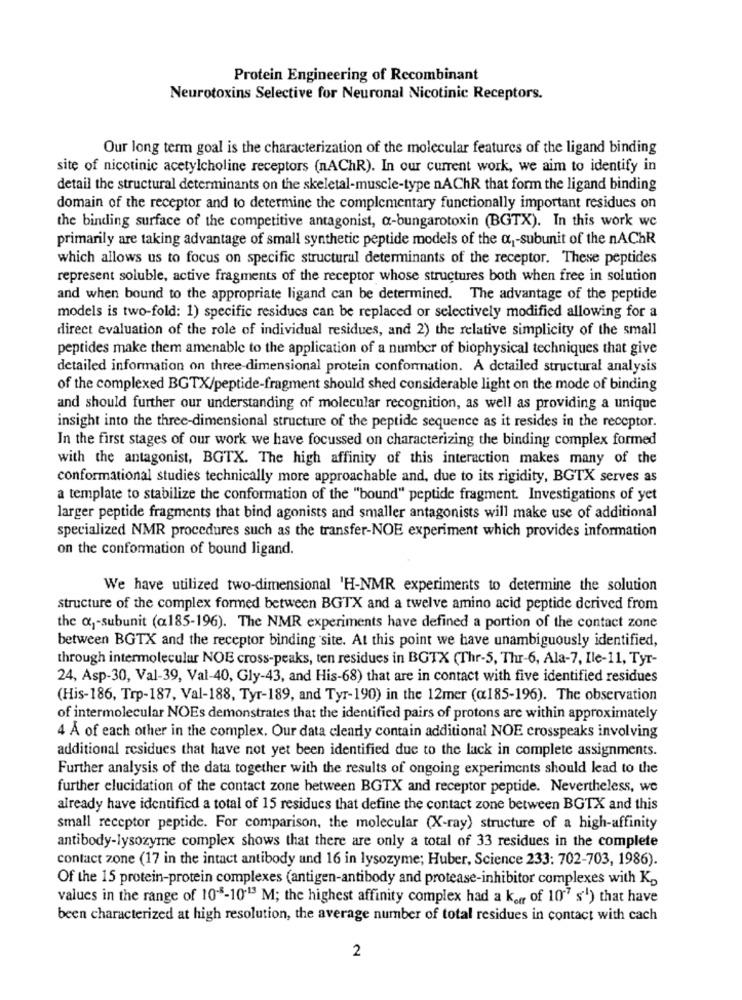
Protein Engineering of Recombinant
Neurotoxins Selective for Neuronal Nicotinic Receptors.
Our long term goal is the characterization of the molecular features of the ligand binding
site of nicotinic acetylcholine receptors (nAChR). In our current work, we aim to identify in
detail the structural determinants on the skeletal-muscle-type nAChR that form the ligand binding
domain of the receptor and to determine the complementary functionally important residues on
the binding surface of the competitive antagonist, a-bungarotoxin (BGTX). In this work wc
primarily are taking advantage of small synthetic peptide models of the a-subunit of the nAChR
which allows us to focus on specific structural determinants of the receptor. These peptides
represent soluble, active fragments of the receptor whose structures both when free in solution
and when bound to the appropriate ligand can be determined. The advantage of the peptide
models is two-fold: 1) specific residucs can be replaced or selectively modified allowing for a
direct evaluation of the role of individual residues, and 2) the relative simplicity of the small
peptides make them amenable to the application of a number of biophysical techniques that give
detailed information on three-dimensional protein conformation. A detailed structural analysis
of the complexed BGTX/peptide-fragment should shed considerable light on the mode of binding
and should further our understanding of molecular recognition, as well as providing a unique
insight into the three-dimensional structure of the peptide sequence as it resides in the receptor.
In the first stages of our work we have focussed on characterizing the binding complex formed
with the antagonist, BGTX. The high affinity of this interaction makes many of the
conformational studies technically more approachable and, due to its rigidity, BGTX serves as
a template to stabilize the conformation of the "bound" peptide fragment. Investigations of yet
larger peptide fragments that bind agonists and smaller antagonists will make use of additional
specialized NMR procedures such as the transfer-NOE experiment which provides information
on the conformation of bound ligand.
We have utilized two-dimensional 'H-NMR experiments to determine the solution
structure of the complex formed between BGTX and a twelve amino acid peptide derived from
the & ,- subunit (a185-196). The NMR experiments have defined a portion of the contact zone
between BGTX and the receptor binding site. At this point we have unambiguously identified,
through intermolecular NOE cross-peaks, ten residues in BGTX (Thr-5, Thr-6, Ala-7, Ile-11, Tyr-
24, Asp-30, Val-39, Val-40, Gly-43, and His-68) that are in contact with five identified residues
(His-186, Trp-187, Val-188, Tyr-189, and Tyr-190) in the 12mer (@185-196). The observation
of intermolecular NOEs demonstrates that the identified pairs of protons are within approximately
4 A of each other in the complex. Our data clearly contain additional NOE crosspeaks involving
additional residues that have not yet been identified due to the lack in complete assignments.
Further analysis of the data together with the results of ongoing experiments should lead to the
further elucidation of the contact zone between BGTX and receptor peptide. Nevertheless, we
already have identified a total of 15 residues that define the contact zone between BGTX and this
small receptor peptide. For comparison, the molecular (X-ray) structure of a high-affinity
antibody-lysozyme complex shows that there are only a total of 33 residues in the complete
contact zone (17 in the intact antibody and 16 in lysozyme; Huber, Science 233: 702-703, 1986).
Of the 15 protein-protein complexes (antigen-antibody and protease-inhibitor complexes with Kp
values in the range of 108-1013 M; the highest affinity complex had a koer of 107 s'') that have
been characterized at high resolution, the average number of total residues in contact with cach
2